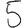
Digit: 5